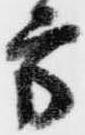
方